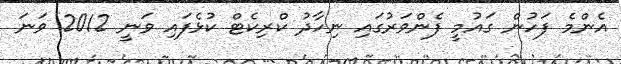
އެންމެ ފަހުން ގައުމީ ފެންވަރުގައި ނިހާދު ކްރިކެޓް ކުޅެފައި ވަނީ 2012 ވަނަ